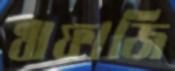
খাফাজি